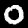
Label: 0